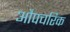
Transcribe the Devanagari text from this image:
औपचरिक